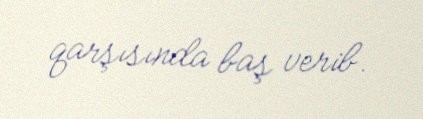
qarşısında baş verib.